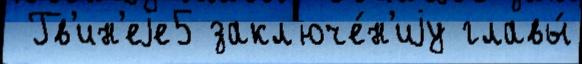
 Гв'ин'еjе5 закл'юче́н'иjу главы́